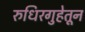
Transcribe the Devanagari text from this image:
रुधिरगुहेतून